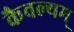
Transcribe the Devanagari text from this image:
कैवल्यम्